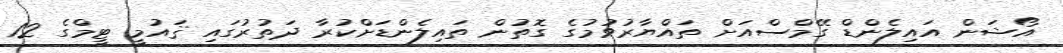
އޯޝަން އައިލެންޑް ގޭމްސްއަށް ތައްޔާރުވުމުގެ ގޮތުން ތައިލެންޑަށްކުރާ ދަތުރުގައި ޤައުމީ ޓީމްގެ 12